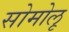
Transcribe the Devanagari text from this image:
सोमोलू